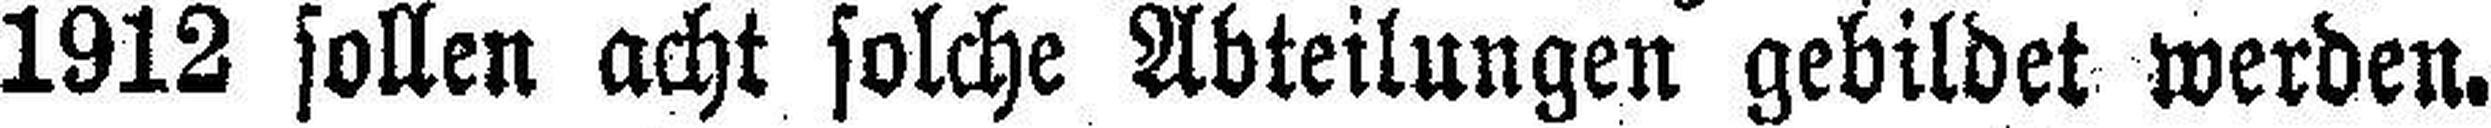
1912 sollen acht solche Abteilungen gebildet werden.